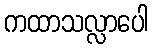
ကထာသလ္လာပေါ